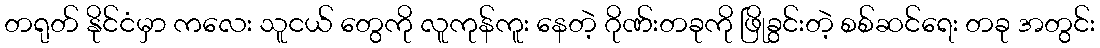
တရုတ် နိုင်ငံမှာ ကလေး သူငယ် တွေကို လူကုန်ကူး နေတဲ့ ဂိုဏ်းတခုကို ဖြိုခွင်းတဲ့ စစ်ဆင်ရေး တခု အတွင်း